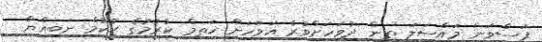
ފަސްވަނަ މައްސަލަ ތިން ދުވަހަށްވުރެ އަވަހަށް ޚަތިމް ކުރުމުގެ ޙުކުމް ނަބިއްޔާ